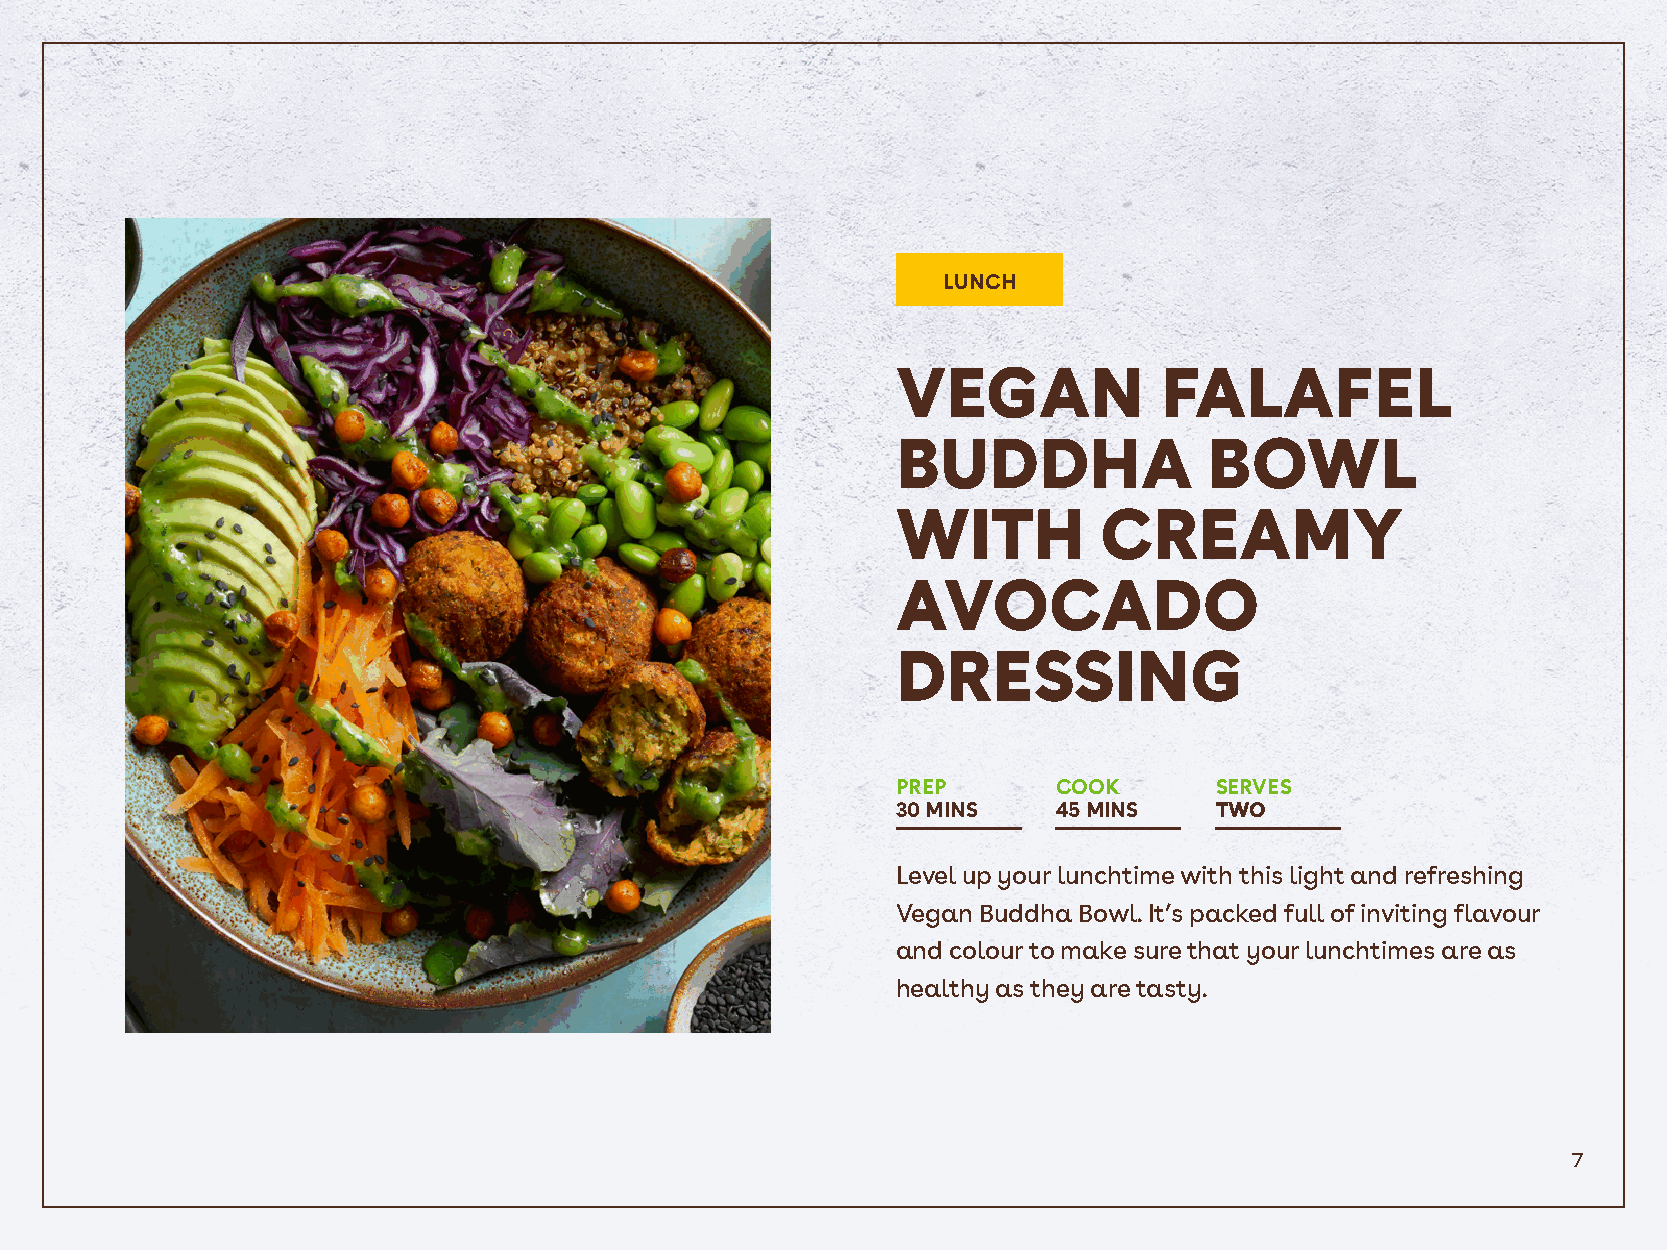
LUNCH
 VEGAN             FALAFEL
 BUDDHA               BOWL
 WITH          CREAMY
 AVOCADO
 DRESSING
 PREP       COOK      SERVES
 30 MINS    45 MINS   TWO
 Level up your lunchtime with this light and refreshing
 Vegan Buddha Bowl. It’s packed full of inviting flavour
 and colour to make sure that your lunchtimes are as
 healthy as they are tasty.
 7